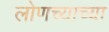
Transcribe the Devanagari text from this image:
लोणच्याच्या